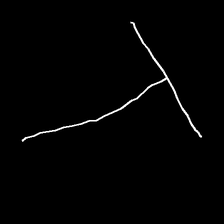
Glyph: column